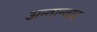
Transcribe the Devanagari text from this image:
अन्तान्वाद